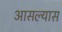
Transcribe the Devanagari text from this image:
आसल्यास